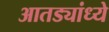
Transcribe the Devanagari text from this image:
आतड्यांध्ये